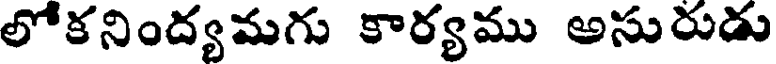
లోకనింద్యమగు కార్యము అసురుడు